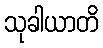
သုခါယာတိ